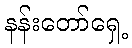
နန်းတော်ရှေ့